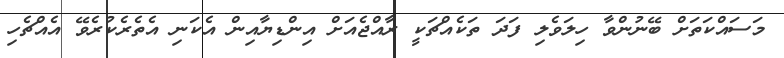
މަސައްކަތަށް ބޭނުންވާ ހިލަވެލި ފަދަ ތަކެއްޗަކީ ރާއްޖެއަށް އިންޑިޔާއިން އެކަނި އެތެރެކުރެވޭ އެއްޗެހި